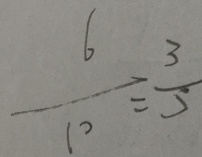
\frac { 6 } { 1 0 } = \frac { 3 } { 5 }